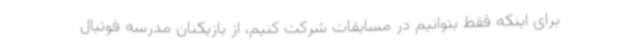
برای اینکه فقط بتوانیم در مسابقات شرکت کنیم، از بازیکنان مدرسه فوتبال